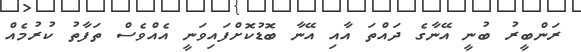
ރަންބީރު ބުނީ އޭނާގެ ދައްތަ އާއި އޭނާ ބޮޑުކޮށްފައިވަނީ އެއްވެސް ތަފާތު ކުރުމެއް